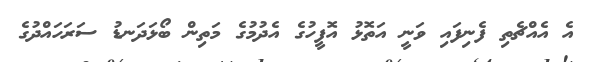
އެ އެއްޗެތި ފެނިފައި ވަނީ އަތޮޅު އޮފީހުގެ އެދުމުގެ މަތިން ބޯޅަދަނޑު ސަރަހައްދުގެ